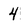
Character: 4